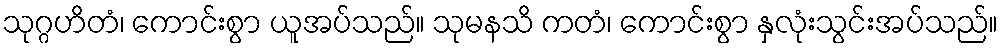
သုဂ္ဂဟိတံ၊ ကောင်းစွာ ယူအပ်သည်။ သုမနသိ ကတံ၊ ကောင်းစွာ နှလုံးသွင်းအပ်သည်။